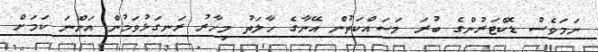
ނަމަވެސް ޑޮކްޓަރުންގެ ބުރަ މަސައްކަތުން އޭނާގެ ހާލަތު މިހާރު ރަނގަޅުވަމުން އަންނަ ކަމަށް